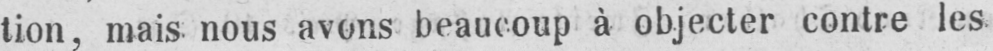
tion, mais nous avons beaucoup à objecter contre les